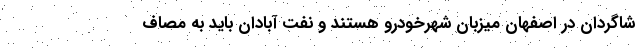
شاگردان در اصفهان میزبان شهرخودرو هستند و نفت آبادان باید به مصاف